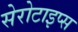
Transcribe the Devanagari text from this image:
सेरोटाइप्स